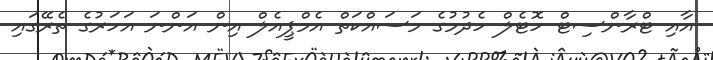
އާއި ޓްރާންސިޓް ހޮޓެލް ހެދުމުގެ މަސައްކަތް އެމްޕީއެލް އިން އަންނަ އަހަރުގެ ތެރޭގައި